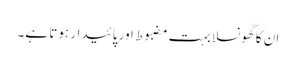
ان کا گھونسلا بہت مضبوط اور پائیدار ہوتا ہے۔